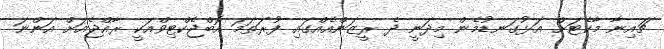
ޗައިނާ މާކެޓަށް އަޅުގަނޑުމެން މިދަނީ ދެ ރީޒަންއެއްގައި ފުރަތަމަ އޮބްޖެކްޓިވްއަކީ ރާއްޖެއަށް އަންނަ